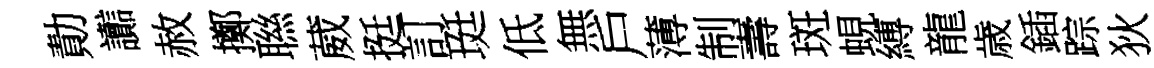
勣讟赦擲聮葳挺訂珽低無戶薄制壽斑蜆縛龍歳鍤踪狄